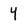
Character: 4